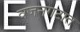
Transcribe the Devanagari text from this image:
वजनगटात